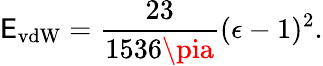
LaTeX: \mathsf{E}_{\mathrm{{vdW}}}={\frac{{23}}{{1536\pia}}}(\epsilon-1)^{2}.